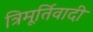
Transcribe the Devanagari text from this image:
त्रिमूर्तिवादी